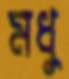
মধু